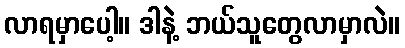
လာရမှာပေါ့။ ဒါနဲ့ ဘယ်သူတွေလာမှာလဲ။